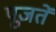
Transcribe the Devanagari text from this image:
पूजतें